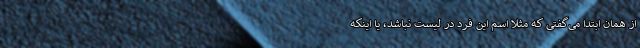
از همان ابتدا می‌گفتی که مثلاً اسم این فرد در لیست نباشد، یا اینکه